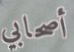
أصحابي